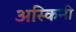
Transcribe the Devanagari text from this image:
अस्किनी